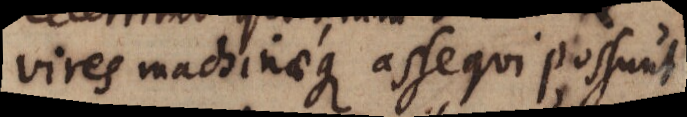
vires machinaeque assequi possunt,